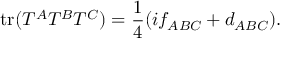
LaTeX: \mathrm { t r } ( T ^ { A } T ^ { B } T ^ { C } ) = { \frac { 1 } { 4 } } ( i f _ { A B C } + d _ { A B C } ) .